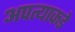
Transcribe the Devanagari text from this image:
अपत्याकडे